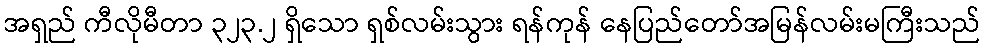
အရှည် ကီလိုမီတာ ၃၂၃.၂ ရှိသော ရှစ်လမ်းသွား ရန်ကုန် နေပြည်တော်အမြန်လမ်းမကြီးသည်